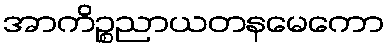
အာကိဉ္စညာယတနမေကော